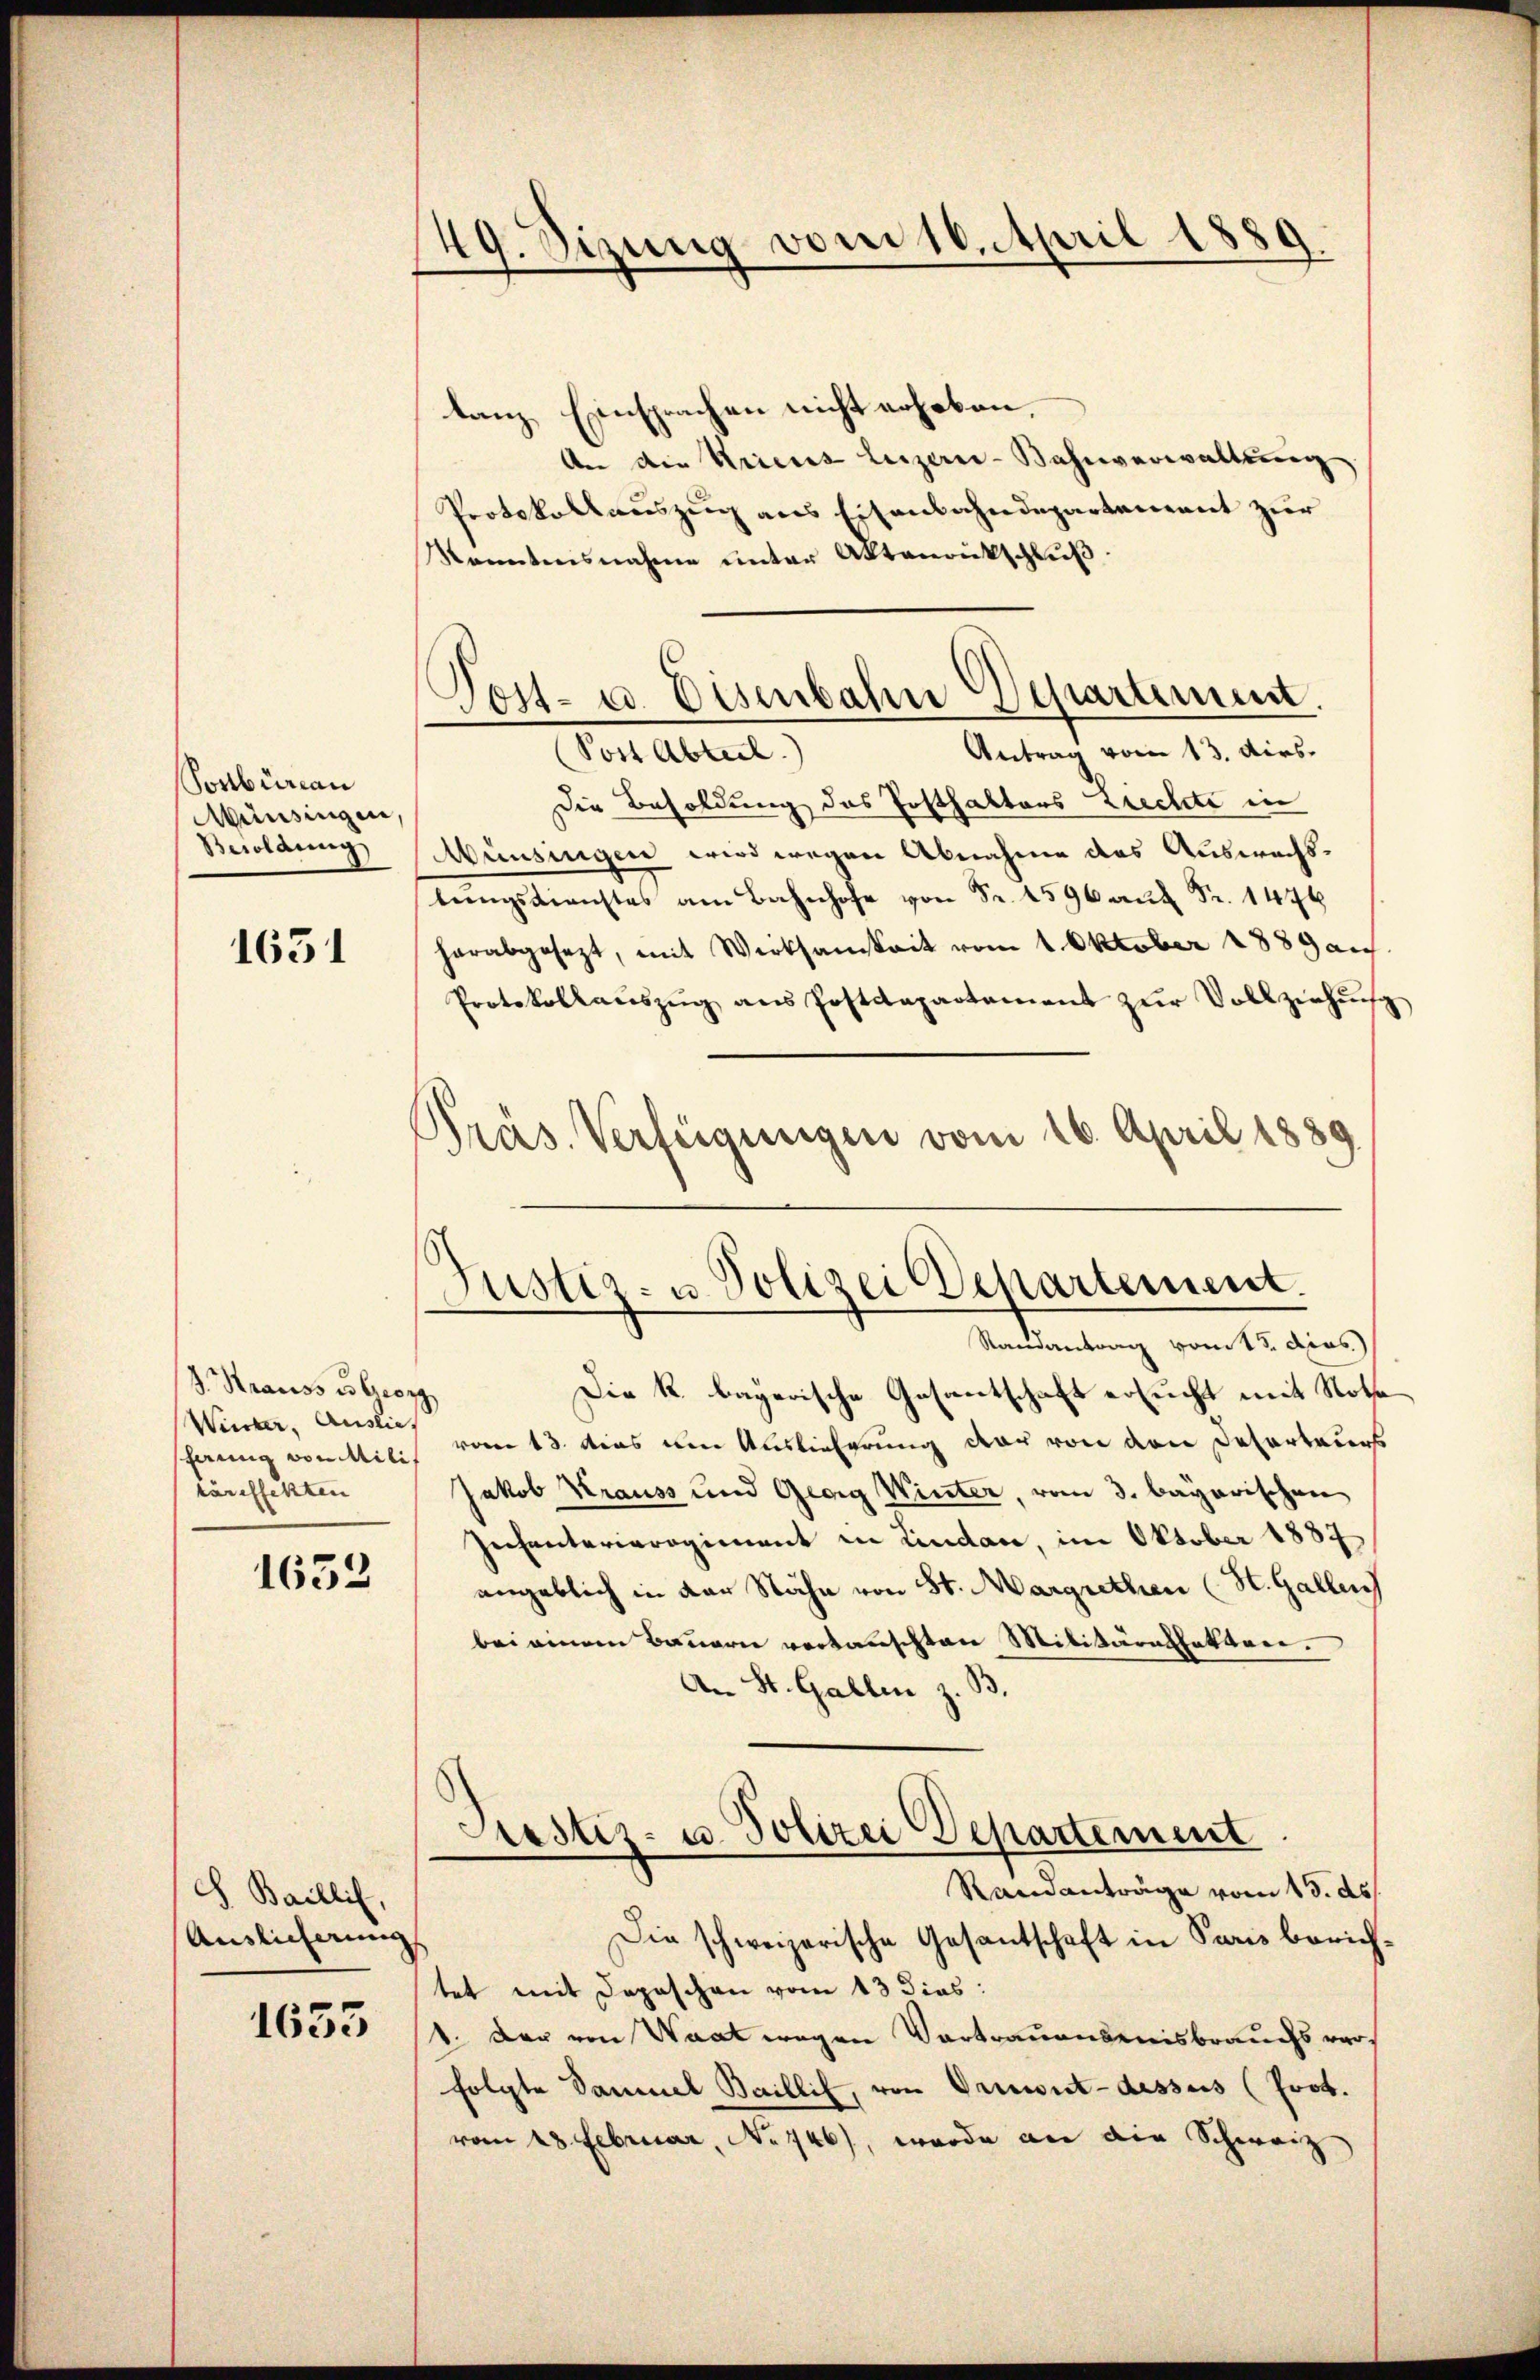
Ponbüreau
Münsingen,
Beroldung

1631

J. Krauss u Georg
Winner, Auslie,
shannig von Milit
täreffekten

1632

S Baillis,
Auslicherung
1633

49. Sizung vom 16. April 1889.

Tost- u. Eisenbahn Departement.

tanz Einsprachen nicht erhoben.
An die Kricus leizer-Bahnverwaltung
Protokollauszug aus Eisenbahndepartement zur
Konntensnahme unter Aktenrückschlŭβ:
Antrag vom 13. dies
Post Abteil)
Die Besoldung des Posthaktors Ziechte in
Münsingen wird wegen Abnahme das Auswachslungsdienstes am Bahnhofe von Fr. 1596 auf Fr. 1476
herabgesezt, mit Werksamkeit vom 1. Oktober 1889 an
Protokollaŭszŭg ans Postdepartement zŭr Vollziehŭng
Präs. Verfügungen vom 16. April 1889

Justiz- u. Polizei Departement.

Randantrag vom 13. Apos
Die k. bayerische Gesantschaft ersucht mit Nota
vom 13. dies um Auslieferung der von den Deserteurs
Jakob Krauss und Georg Winter, vom 3. bayerischen
Infanterieregiment in Lindace, im Oktober 1887
angeblich in der Nähe von St. Margrethen (St. Gallen,
bei einem Bauern vertauschten Militärestatten.
An St. Gallen z. B.
Grestiz- u. Polizei Departement
Randanträge vom 15. ds.
Die schweizerische Gesantschaft in Paris berichtet mit Depeschen vom 13 dies:
1. Der von Waat wegen Vortrauensenisbrauchs vers
folgte Dammel Baillis, von Ormont-dessus (Prot.
vom 28. Februar, No 746), wurde an die Schweiz